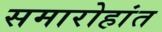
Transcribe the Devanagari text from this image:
समारोहांत